Civil Veterinary Dept. Bombay admin report 1923-31 - 1923-1931
Year: 1923
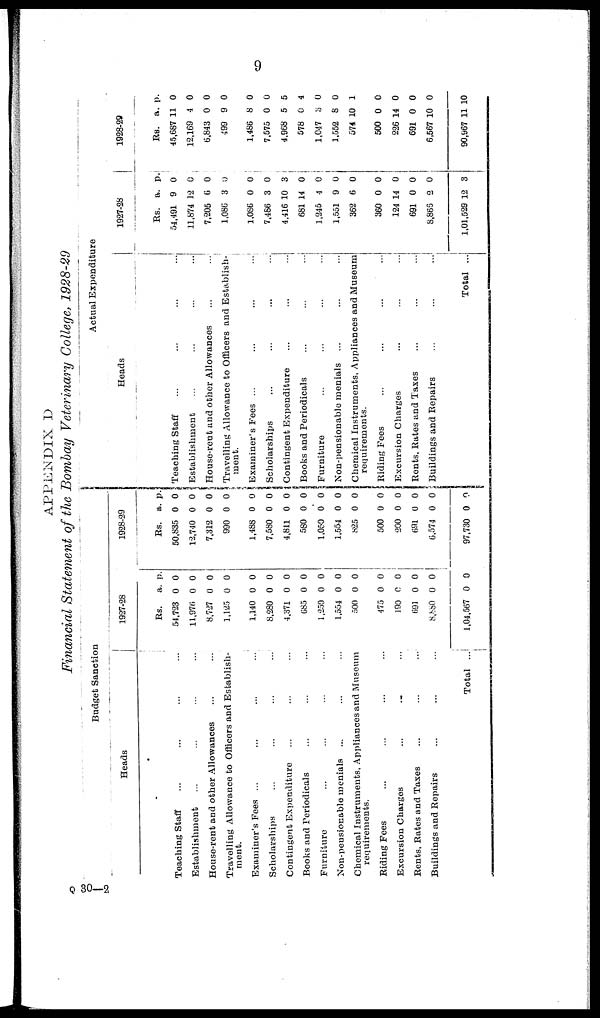
9
APPENDIX D
Financial Statement of the Bombay Veterinary College, 1928-29
Budget Sanction
Heads
Teaching Staff ... ... ... ...
Establishment ... ... ... ...
House-rent and other Allowances ... ...
Travelling Allowance to Officers and Establish-
ment.
Examiner's Fees ... ... ... ...
Scholarships ... ... ... ...
Contingent Expenditure ... ... ...
Books and Periodicals ... ... ...
Furniture ... ... ... ...
Non-pensionable menials ... ... ...
Chemical Instruments, Appliances and Museum
requirements.
Biding Fees ... ... ... ...
Excursion Charges ... ... ...
Bents, Bates and Taxes
...
...
...
Buildings and Repairs ... ... ...
Total ...
1927-28
Rs.
54,723
11,976
8,727
1,125
1,140
8,280
4,371
685
1,250
1,554
500
475
190
891
8,880
1,04,567
a.
0
0
0
0
0
0
0
0
0
0
0
0
0
0
0
0
p.
0
0
0
0
0
0
0
0
0
0
0
0
0
0
0
0
1928-29
Rs.
50,835
12,740
7,312
990
1,488
7,580
4,811
580
1,050
1,554
825
500
200
691
6,574
97,730
a.
0
0
0
0
0
0
0
0
0
0
0
0
0
0
0
0
p.
0
0
0
0
0
0
0
0
0
0
0
0
0
0
0
0
Actual Expenditure
Heads
Teaching Staff ... ... ... ...
Establishment ... ... ... ...
House-rent and other Allowances ... ...
Travelling Allowance to Officers and Establish-
ment.
Examiner's Fees ... ... ... ...
Scholarships ... ... ... ...
Contingent Expenditure ... ... ...
Books and Periodicals ... ... ...
Furniture ... ... ... ...
Non-pensionable menials ... ... ...
Chemical Instruments, Appliances and Museum
requirements.
Biding Fees ... ... ... ...
Excursion Charges ... ... ...
Bents, Bates and Taxes ... ... ...
Buildings and Repairs ... ... ...
Total ...
1927-28
Rs.
54,491
11,874
7,205
1,086
1,086
7,486
4,416
681
1,245
1,551
362
360
124
691
8,865
1,01,529
a.
9
12
6
3
0
3
10
14
4
9
6
0
14
0
2
12
p.
0
0
0
0
0
0
3
0
0
0
0
0
0
0
0
3
1928-29
RS.
45,687
12,169
6,843
499
1,486
7,575
4,968
578
1,047
1,552
574
500
226
691
6,567
90,967 1
a.
11
4
0
9
8
0
5
0
3
8
10
0
14
0
10
11
p.
0
0
0
0
0
0
5
4
0
0
1
0
0
0
0
0
Q 30—2